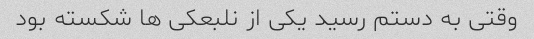
وقتی به دستم رسید یکی از نلبعکی ها شکسته بود